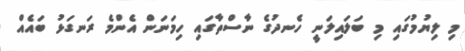
މި ލިޔުމުގައި މި ބަލައިލަނީ ހެނދުގެ ނާސްތާގައި ހިމަނަން އެންމެ ރަނގަޅު ބައެއް